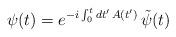
LaTeX: \begin{align*}\psi(t) = e^{-i\int_{0}^{t} dt'\,A(t')}\,\tilde{\psi}(t)\end{align*}